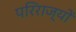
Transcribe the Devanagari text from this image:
परिराज्यों